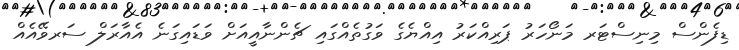
ޑިފެންސް މިނިސްޓަރ މަނޯހަރު ޕަރިއްކަރު އިއްޔެގެ ވަގުތެއްގައި ޗެންނާއީއަށް ވަޑައިގަނެ އެއާރަލް ސަރވޭއެއް